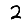
Digit: 2